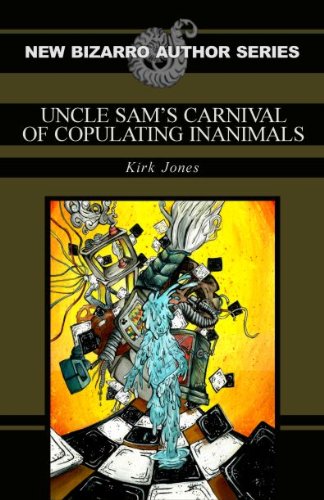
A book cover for Uncle Sam's Carnival of Copulating Inanimals; Kirk Jones; Science Fiction & Fantasy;